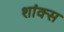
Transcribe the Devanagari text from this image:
शांक्स